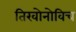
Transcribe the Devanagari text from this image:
तिखोनोविच